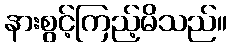
နားစွင့်ကြည့်မိသည်။